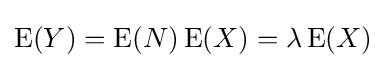
\operatorname {E} (Y)=\operatorname {E} (N)\operatorname {E} (X)=\lambda \operatorname {E} (X)